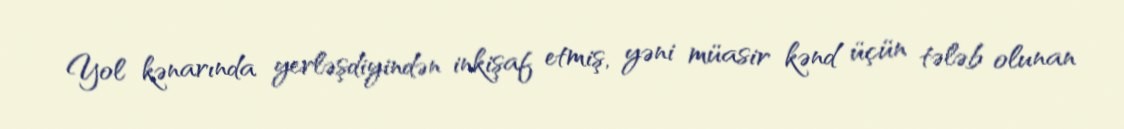
Yol kənarında yerləşdiyindən inkişaf etmiş, yəni müasir kənd üçün tələb olunan